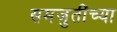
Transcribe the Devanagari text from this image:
समजुतींच्या